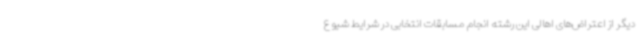
دیگر از اعتراض‌های اهالی این رشته انجام مسابقات انتخابی در شرایط شیوع